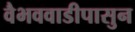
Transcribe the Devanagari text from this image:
वैभववाडीपासुन